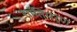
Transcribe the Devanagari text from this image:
शांतिपर्ण